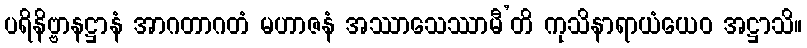
ပရိနိဗ္ဗာနဋ္ဌာနံ အာဂတာဂတံ မဟာဇနံ အဿာသေဿာမီ’တိ ကုသိနာရာယံယေဝ အဋ္ဌာသိ။